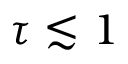
\tau \lesssim 1